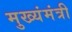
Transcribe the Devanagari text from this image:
मुख्यंमंत्री